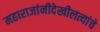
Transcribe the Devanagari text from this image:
महाराजांनीदेखीलत्यांचे